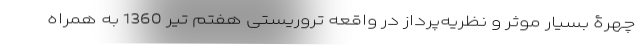
چهرۀ بسیار موثر و نظریه‌پرداز در واقعه تروریستی هفتم تیر 1360 به همراه